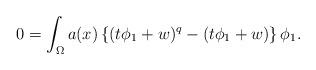
LaTeX: \begin{align*}0=\int_{\Omega}a(x)\left\{ (t\phi_{1}+w)^{q}-(t\phi_{1}+w)\right\} \phi_{1}.\end{align*}